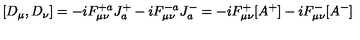
[ D _ { \mu } , D _ { \nu } ] = - i F _ { \mu \nu } ^ { + a } J _ { a } ^ { + } - i F _ { \mu \nu } ^ { - a } J _ { a } ^ { - } = - i F _ { \mu \nu } ^ { + } [ A ^ { + } ] - i F _ { \mu \nu } ^ { - } [ A ^ { - } ]